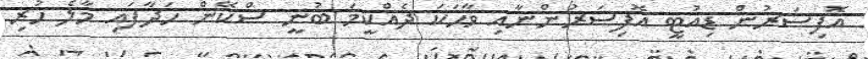
އޮފިސަރުން ޑިއުޓީ އޮފިސަރުންނާއި ވާހަކަ ދެއްކީމަ ބުނީ ސްކޭން ހަދާފައި މާލެ ހުރި